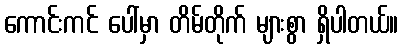
ကောင်းကင် ပေါ်မှာ တိမ်တိုက် များစွာ ရှိပါတယ်။